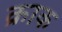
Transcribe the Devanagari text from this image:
क्राक